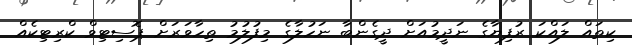
ކިތައް ލައްކަ ރުފިޔާގެ ނަދީމުއަށް ދީގެންބާ ނަހުލާގެ މިފުލުމު ތިހާވަރަށް ޕޮސިޓިވް ކްރިޓިކެއް